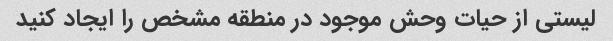
لیستی از حیات وحش موجود در منطقه مشخص را ایجاد کنید